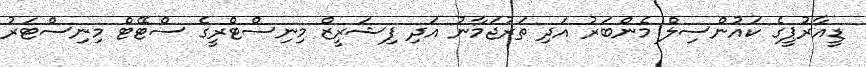
ޑީއާރުޕީގެ ކައުންސިލް މެންބަރު އަދި ތަރުޖަމާނު އަދި ފިޝަރީޒް މިނިސްޓްރީގެ ސްޓޭޓް މިނިސްޓަރު